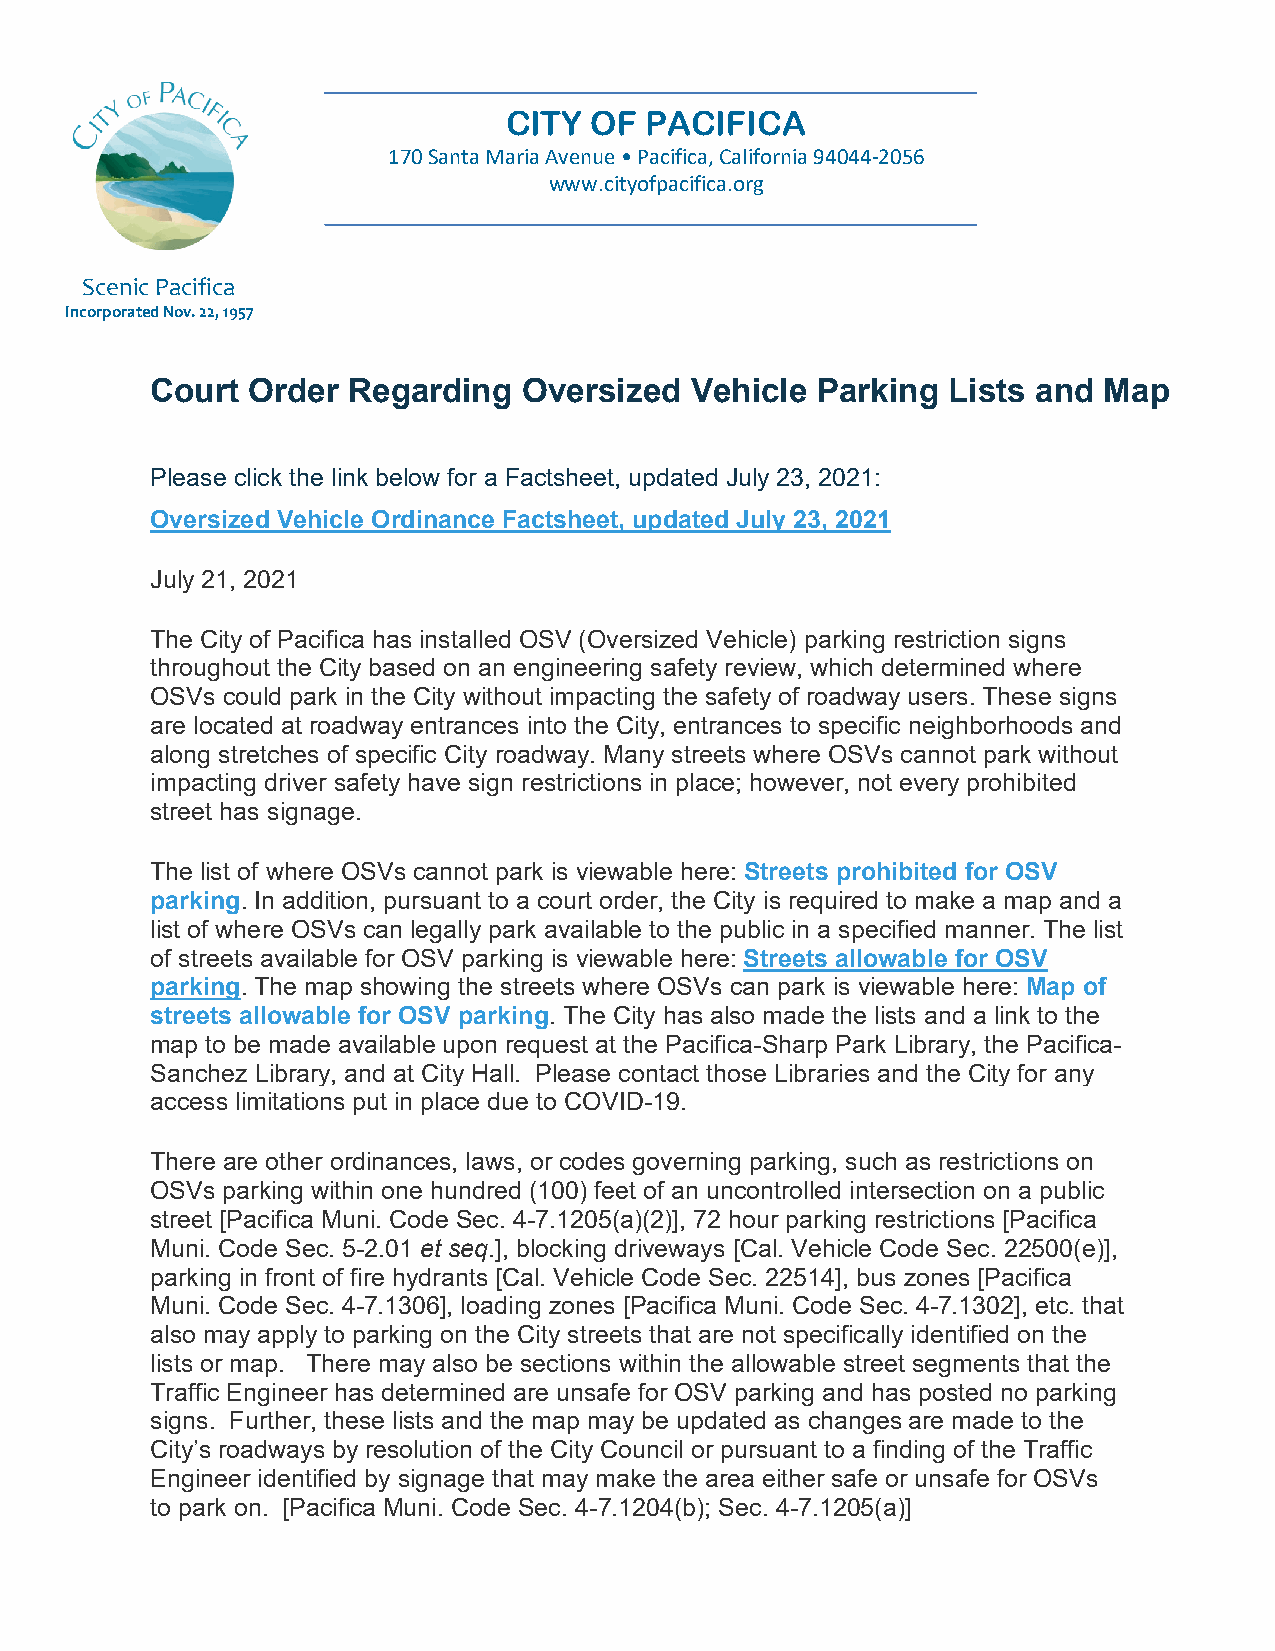
CITY  OF  PACIFICA
 170 Santa Maria Avenue • Pacifica, California 94044-2056
 www.cityofpacifica.org
 Scenic Pacifica
 Incorporated Nov. 22, 1957
 Court Order  Regarding   Oversized  Vehicle Parking  Lists and Map
 Please click the link below for a Factsheet, updated July 23, 2021:
 Oversized Vehicle Ordinance Factsheet, updated July 23, 2021
 July 21, 2021
 The City of Pacifica has installed OSV (Oversized Vehicle) parking restriction signs
 throughout the City based on an engineering safety review, which determined where
 OSVs could park in the City without impacting the safety of roadway users. These signs
 are located at roadway entrances into the City, entrances to specific neighborhoods and
 along stretches of specific City roadway. Many streets where OSVs cannot park without
 impacting driver safety have sign restrictions in place; however, not every prohibited
 street has signage.
 The list of where OSVs cannot park is viewable here: Streets prohibited for OSV
 parking. In addition, pursuant to a court order, the City is required to make a map and a
 list of where OSVs can legally park available to the public in a specified manner. The list
 of streets available for OSV parking is viewable here: Streets allowable for OSV
 parking. The map showing the streets where OSVs can park is viewable here: Map of
 streets allowable for OSV parking. The City has also made the lists and a link to the
 map to be made available upon request at the Pacifica-Sharp Park Library, the Pacifica-
 Sanchez Library, and at City Hall. Please contact those Libraries and the City for any
 access limitations put in place due to COVID-19.
 There are other ordinances, laws, or codes governing parking, such as restrictions on
 OSVs parking within one hundred (100) feet of an uncontrolled intersection on a public
 street [Pacifica Muni. Code Sec. 4-7.1205(a)(2)], 72 hour parking restrictions [Pacifica
 Muni. Code Sec. 5-2.01 et seq.], blocking driveways [Cal. Vehicle Code Sec. 22500(e)],
 parking in front of fire hydrants [Cal. Vehicle Code Sec. 22514], bus zones [Pacifica
 Muni. Code Sec. 4-7.1306], loading zones [Pacifica Muni. Code Sec. 4-7.1302], etc. that
 also may apply to parking on the City streets that are not specifically identified on the
 lists or map. There may also be sections within the allowable street segments that the
 Traffic Engineer has determined are unsafe for OSV parking and has posted no parking
 signs. Further, these lists and the map may be updated as changes are made to the
 City’s roadways by resolution of the City Council or pursuant to a finding of the Traffic
 Engineer identified by signage that may make the area either safe or unsafe for OSVs
 to park on. [Pacifica Muni. Code Sec. 4-7.1204(b); Sec. 4-7.1205(a)]